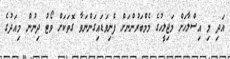
އަދި މި އިސްލާހަށް މަޖިލީހުގެ މެމްބަރުންނަށް ފެނިވަޑައިގަންނަވާ ގޮތަކަށް ވޯޓު ދިނުން މިއަދުގެ